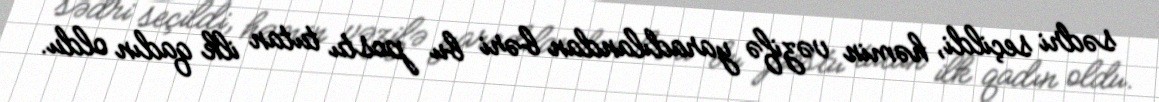
sədri seçildi, həmin vəzifə yaradılandan bəri bu postu tutan ilk qadın oldu.